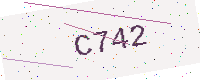
Text: C742